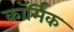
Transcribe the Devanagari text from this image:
कॉर्मिक